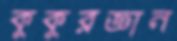
কুকুরজ্ঞান